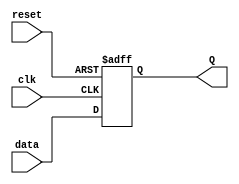
module edge_triggered_latch (
    input data,
    input clk,
    input reset,
    output reg Q
);

    always @(posedge clk or negedge reset) begin
        if (reset == 1'b0) begin
            Q <= 1'b0;
        end else begin
            Q <= data;
        end
    end

endmodule